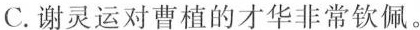
C.谢灵运对曹植的才华非常钦佩。